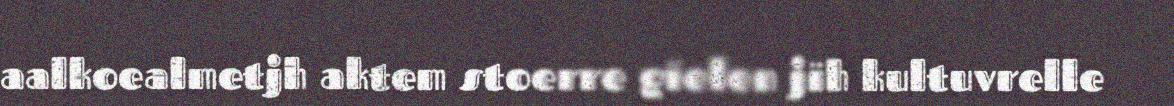
aalkoealmetjh aktem stoerre gïelen jïh kultuvrelle